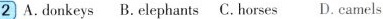
2 A.donkeys B. elephants C. horses D. camels